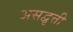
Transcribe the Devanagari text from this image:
असद्वृत्ती